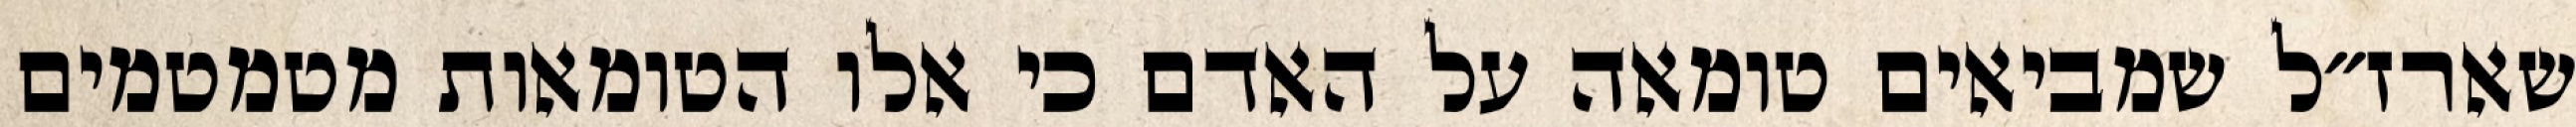
שארז״ל שמביאים טומאה על האדם כי אלו הטומאות מטמטמים